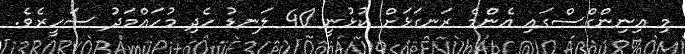
މި އިނިންގްސްގައި އެންމެ ރަނގަޅަށް ކުޅުނީ 40 ލަނޑު ހެދި މުހައްމަދު ސަހީރެވެ.